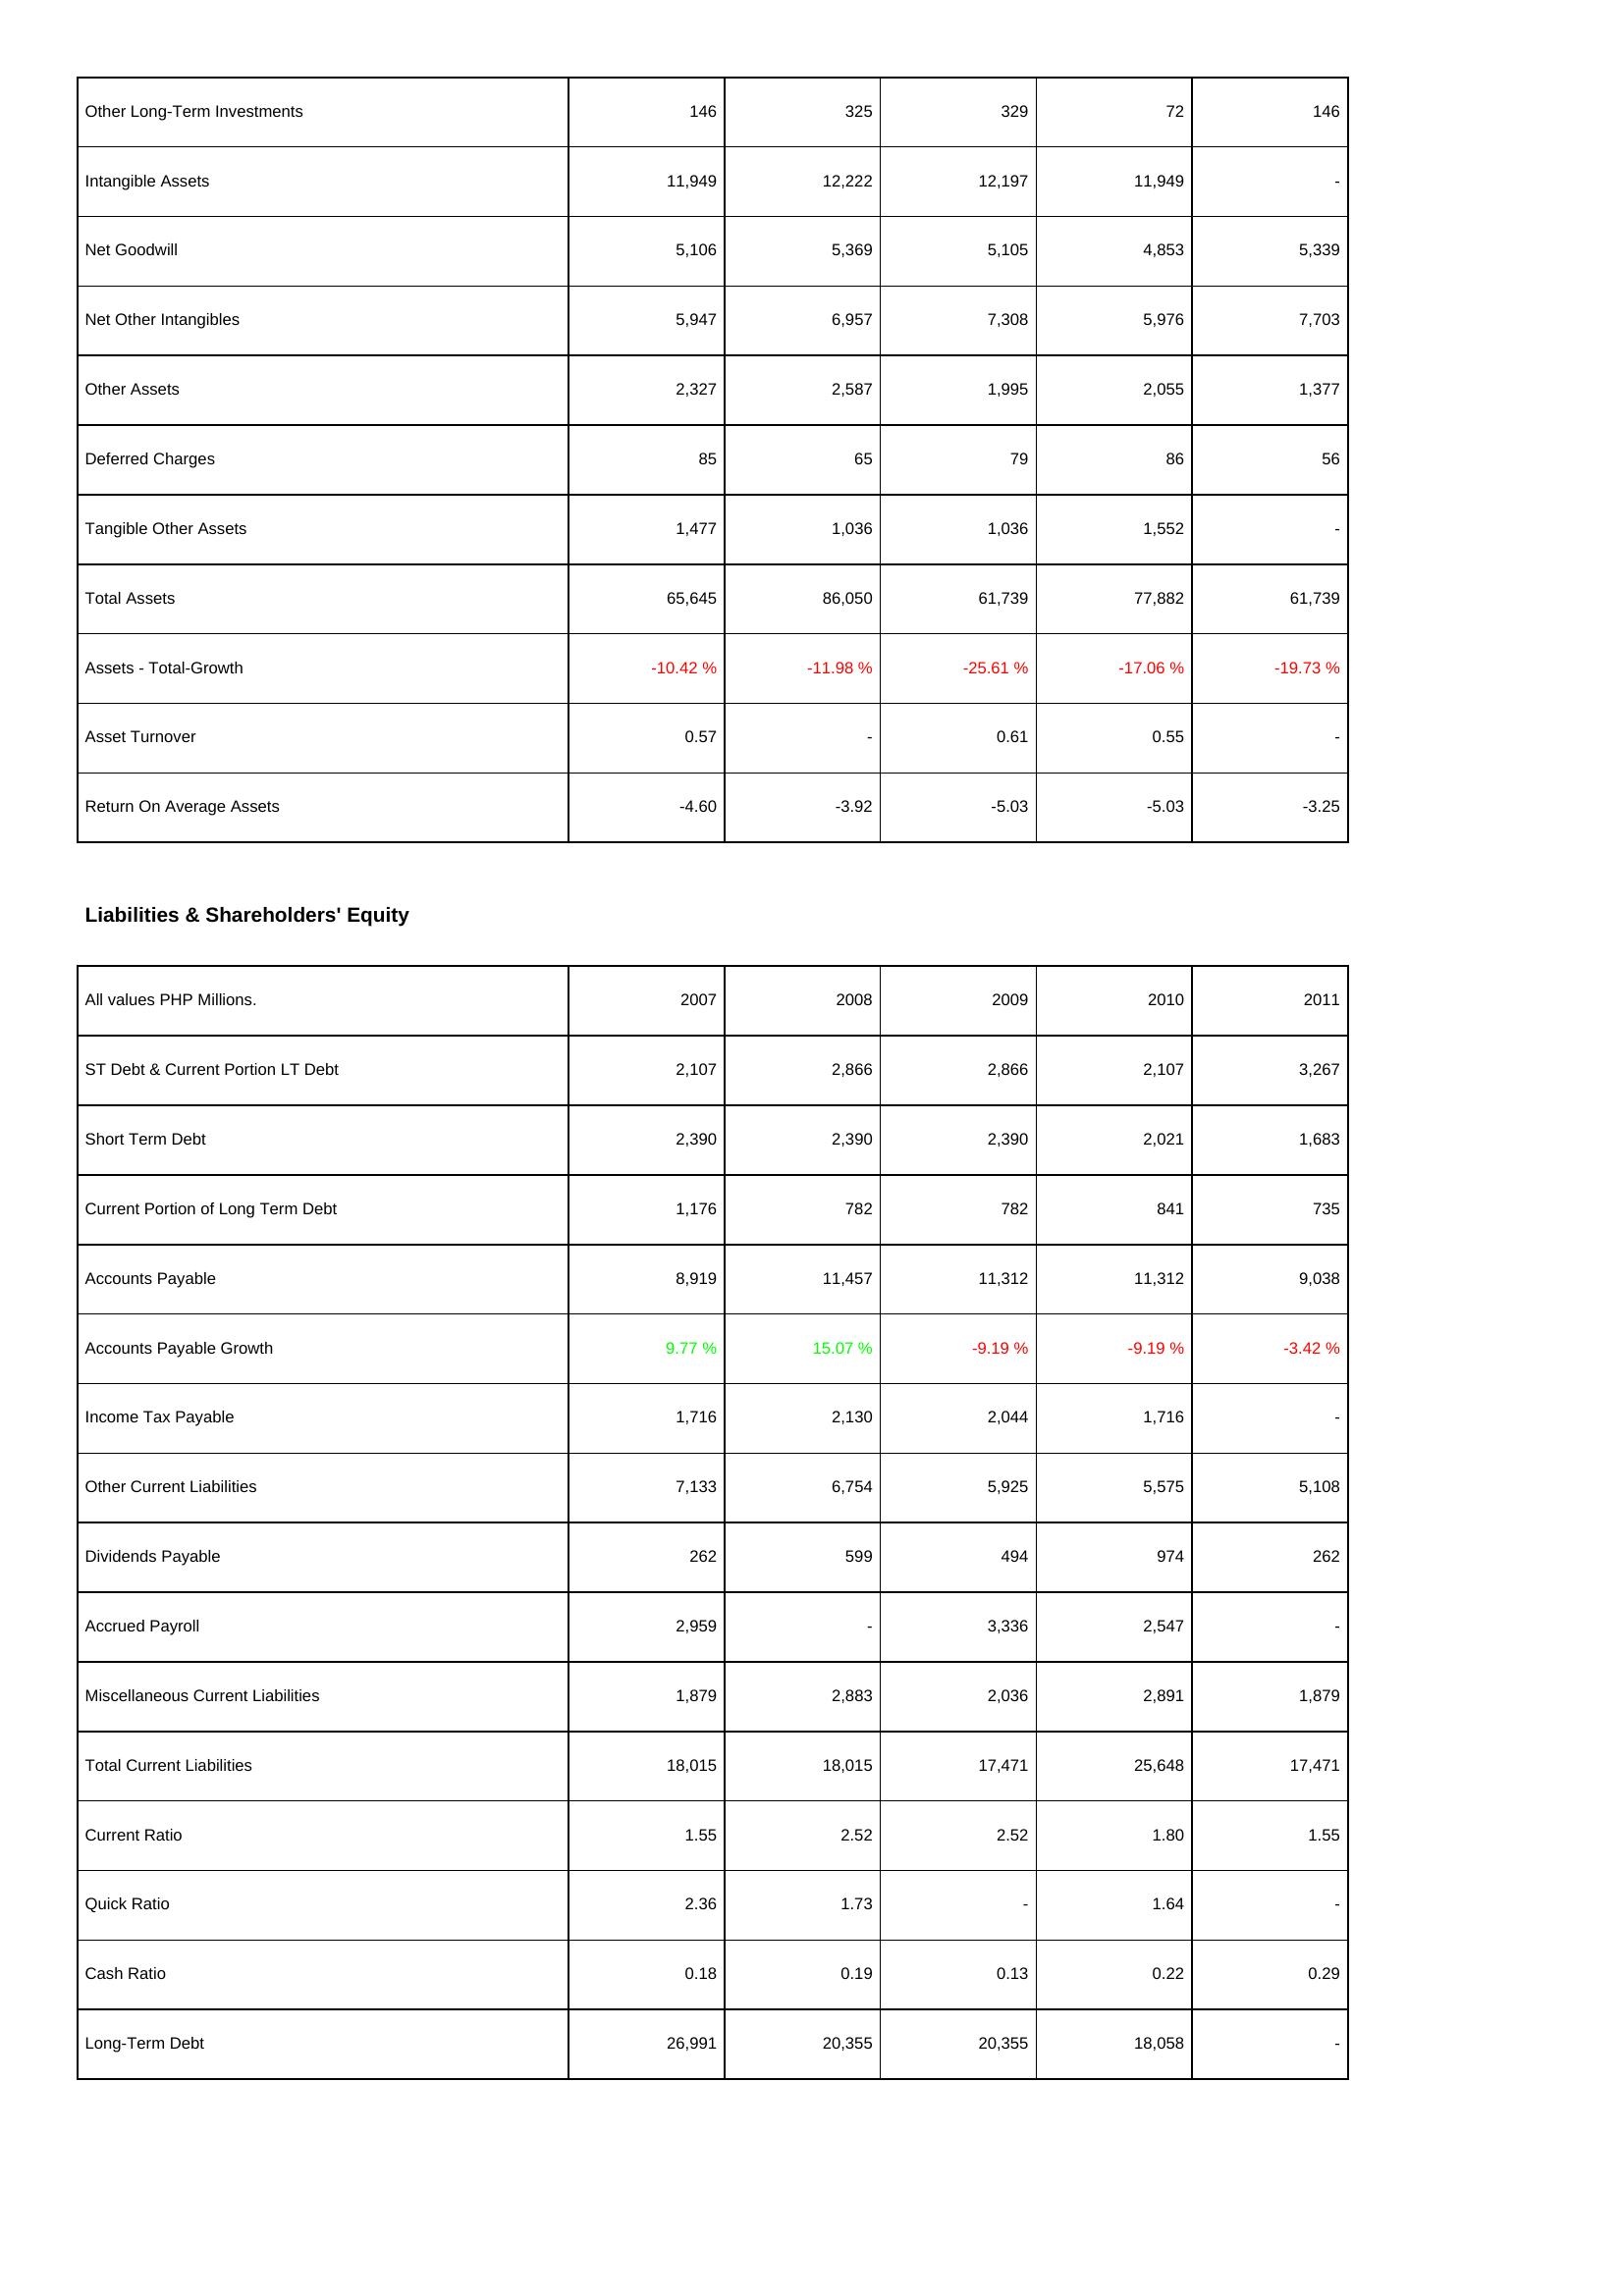
2007: Assets: Other Long-Term Investments: 146
Intangible Assets: 11,949
Net Goodwill: 5,106
Net Other Intangibles: 5,947
Other Assets: 2,327
Deferred Charges: 85
Tangible Other Assets: 1,477
Total Assets: 65,645
Assets - Total-Growth: -10.42 %
Asset Turnover: 0.57
Return On Average Assets: -4.60
Liabilities & Shareholders' Equity: ST Debt & Current Portion LT Debt: 2,107
Short Term Debt: 2,390
Current Portion of Long Term Debt: 1,176
Accounts Payable: 8,919
Accounts Payable Growth: 9.77 %
Income Tax Payable: 1,716
Other Current Liabilities: 7,133
Dividends Payable: 262
Accrued Payroll: 2,959
Miscellaneous Current Liabilities: 1,879
Total Current Liabilities: 18,015
Current Ratio: 1.55
Quick Ratio: 2.36
Cash Ratio: 0.18
Long-Term Debt: 26,991
2008: Assets: Other Long-Term Investments: 325
Intangible Assets: 12,222
Net Goodwill: 5,369
Net Other Intangibles: 6,957
Other Assets: 2,587
Deferred Charges: 65
Tangible Other Assets: 1,036
Total Assets: 86,050
Assets - Total-Growth: -11.98 %
Asset Turnover: -
Return On Average Assets: -3.92
Liabilities & Shareholders' Equity: ST Debt & Current Portion LT Debt: 2,866
Short Term Debt: 2,390
Current Portion of Long Term Debt: 782
Accounts Payable: 11,457
Accounts Payable Growth: 15.07 %
Income Tax Payable: 2,130
Other Current Liabilities: 6,754
Dividends Payable: 599
Accrued Payroll: -
Miscellaneous Current Liabilities: 2,883
Total Current Liabilities: 18,015
Current Ratio: 2.52
Quick Ratio: 1.73
Cash Ratio: 0.19
Long-Term Debt: 20,355
2009: Assets: Other Long-Term Investments: 329
Intangible Assets: 12,197
Net Goodwill: 5,105
Net Other Intangibles: 7,308
Other Assets: 1,995
Deferred Charges: 79
Tangible Other Assets: 1,036
Total Assets: 61,739
Assets - Total-Growth: -25.61 %
Asset Turnover: 0.61
Return On Average Assets: -5.03
Liabilities & Shareholders' Equity: ST Debt & Current Portion LT Debt: 2,866
Short Term Debt: 2,390
Current Portion of Long Term Debt: 782
Accounts Payable: 11,312
Accounts Payable Growth: -9.19 %
Income Tax Payable: 2,044
Other Current Liabilities: 5,925
Dividends Payable: 494
Accrued Payroll: 3,336
Miscellaneous Current Liabilities: 2,036
Total Current Liabilities: 17,471
Current Ratio: 2.52
Quick Ratio: -
Cash Ratio: 0.13
Long-Term Debt: 20,355
2010: Assets: Other Long-Term Investments: 72
Intangible Assets: 11,949
Net Goodwill: 4,853
Net Other Intangibles: 5,976
Other Assets: 2,055
Deferred Charges: 86
Tangible Other Assets: 1,552
Total Assets: 77,882
Assets - Total-Growth: -17.06 %
Asset Turnover: 0.55
Return On Average Assets: -5.03
Liabilities & Shareholders' Equity: ST Debt & Current Portion LT Debt: 2,107
Short Term Debt: 2,021
Current Portion of Long Term Debt: 841
Accounts Payable: 11,312
Accounts Payable Growth: -9.19 %
Income Tax Payable: 1,716
Other Current Liabilities: 5,575
Dividends Payable: 974
Accrued Payroll: 2,547
Miscellaneous Current Liabilities: 2,891
Total Current Liabilities: 25,648
Current Ratio: 1.80
Quick Ratio: 1.64
Cash Ratio: 0.22
Long-Term Debt: 18,058
2011: Assets: Other Long-Term Investments: 146
Intangible Assets: -
Net Goodwill: 5,339
Net Other Intangibles: 7,703
Other Assets: 1,377
Deferred Charges: 56
Tangible Other Assets: -
Total Assets: 61,739
Assets - Total-Growth: -19.73 %
Asset Turnover: -
Return On Average Assets: -3.25
Liabilities & Shareholders' Equity: ST Debt & Current Portion LT Debt: 3,267
Short Term Debt: 1,683
Current Portion of Long Term Debt: 735
Accounts Payable: 9,038
Accounts Payable Growth: -3.42 %
Income Tax Payable: -
Other Current Liabilities: 5,108
Dividends Payable: 262
Accrued Payroll: -
Miscellaneous Current Liabilities: 1,879
Total Current Liabilities: 17,471
Current Ratio: 1.55
Quick Ratio: -
Cash Ratio: 0.29
Long-Term Debt: -